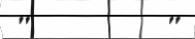
"         "